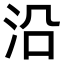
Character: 沿